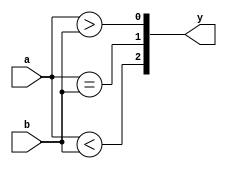
`timescale 1ns / 1ps
//////////////////////////////////////////////////////////////////////////////////
// Company: 
// Engineer: 
// 
// Design Name: 
// Module Name:    comparator_4 
// Project Name: 
// Target Devices: 
// Tool versions: 
// Description: 
//
// Dependencies: 
//
// Revision: 
// Revision 0.01 - File Created
// Additional Comments: 
//
//////////////////////////////////////////////////////////////////////////////////
module comparator_4(
    input [3:0] a,b,
    output [2:0] y
    );
	 
	 assign y[0]=a>b;
	 assign y[1]=(a==b);
	 assign y[2]=a<b;
	 
endmodule